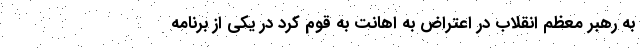
به رهبر معظم انقلاب در اعتراض به اهانت به قوم کرد در یکی از برنامه